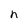
Character: h